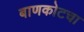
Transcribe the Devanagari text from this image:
बाणकोटचा